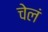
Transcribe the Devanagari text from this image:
चेलं